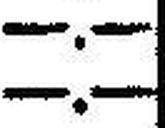
—.—